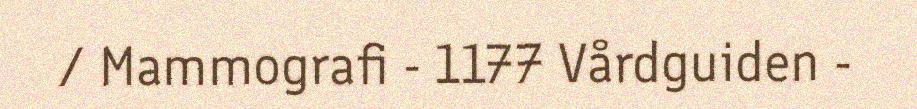
/ Mammografi - 1177 Vårdguiden -